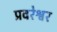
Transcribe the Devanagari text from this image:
प्रवरेश्वर